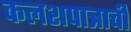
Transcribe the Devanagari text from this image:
कलशपात्राची